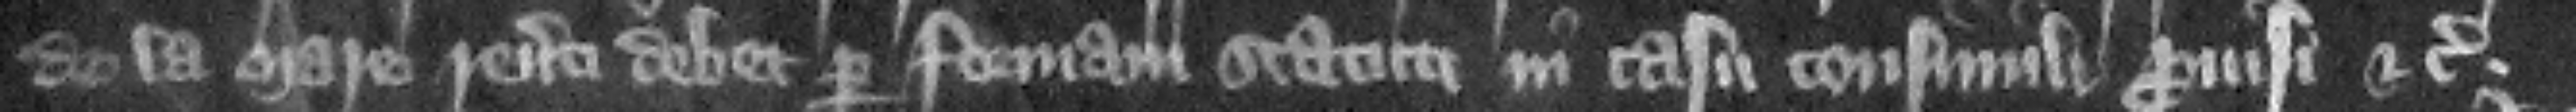
de la Mare reuerti debet per formam statuti in casu consimili prouisi etc.